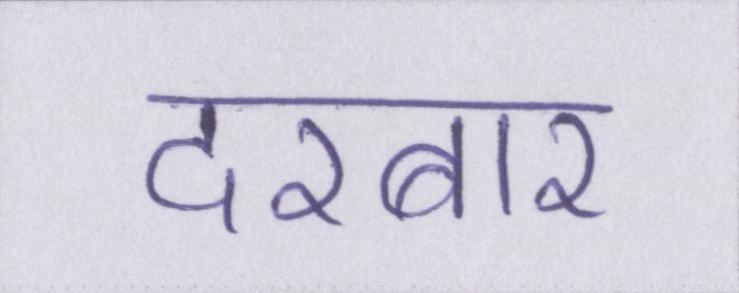
दरबार